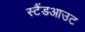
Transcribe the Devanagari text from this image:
स्टैंडआउट